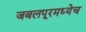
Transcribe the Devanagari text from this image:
जबलपूरमध्येच